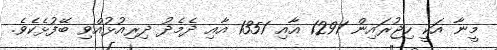
މީނާ އަކީ ހިޖުރައިން 1291 އާއި 1351 އާއި ދެމެދު ދިރިއުޅުއްވި ބޭފުޅެކެވެ.